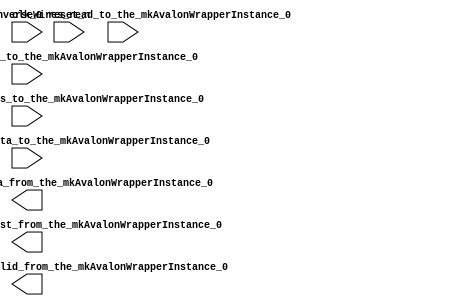
//megafunction wizard: %Altera SOPC Builder%
//GENERATION: STANDARD
//VERSION: WM1.0


//Legal Notice: (C)2010 Altera Corporation. All rights reserved.  Your
//use of Altera Corporation's design tools, logic functions and other
//software and tools, and its AMPP partner logic functions, and any
//output files any of the foregoing (including device programming or
//simulation files), and any associated documentation or information are
//expressly subject to the terms and conditions of the Altera Program
//License Subscription Agreement or other applicable license agreement,
//including, without limitation, that your use is for the sole purpose
//of programming logic devices manufactured by Altera and sold by Altera
//or its authorized distributors.  Please refer to the applicable
//agreement for further details.

// synthesis translate_off
`timescale 1ns / 1ps
// synthesis translate_on

// turn off superfluous verilog processor warnings 
// altera message_level Level1 
// altera message_off 10034 10035 10036 10037 10230 10240 10030 

// turn off superfluous verilog processor warnings 
// altera message_level Level1 
// altera message_off 10034 10035 10036 10037 10230 10240 10030 

`ifndef QUARTUS_COMPILATION

module avalon_jtag (
                     // 1) global signals:
                      clk_0,
                      reset_n,

                     // the_mkAvalonWrapperInstance_0
                      masterInverseWires_address_to_the_mkAvalonWrapperInstance_0,
                      masterInverseWires_read_to_the_mkAvalonWrapperInstance_0,
                      masterInverseWires_readdata_from_the_mkAvalonWrapperInstance_0,
                      masterInverseWires_readdatavalid_from_the_mkAvalonWrapperInstance_0,
                      masterInverseWires_waitrequest_from_the_mkAvalonWrapperInstance_0,
                      masterInverseWires_write_to_the_mkAvalonWrapperInstance_0,
                      masterInverseWires_writedata_to_the_mkAvalonWrapperInstance_0
                   )
;

  output  [ 31: 0] masterInverseWires_readdata_from_the_mkAvalonWrapperInstance_0;
  output           masterInverseWires_readdatavalid_from_the_mkAvalonWrapperInstance_0;
  output           masterInverseWires_waitrequest_from_the_mkAvalonWrapperInstance_0;
  input            clk_0;
  input   [ 31: 0] masterInverseWires_address_to_the_mkAvalonWrapperInstance_0;
  input            masterInverseWires_read_to_the_mkAvalonWrapperInstance_0;
  input            masterInverseWires_write_to_the_mkAvalonWrapperInstance_0;
  input   [ 31: 0] masterInverseWires_writedata_to_the_mkAvalonWrapperInstance_0;
  input            reset_n;


endmodule

`endif